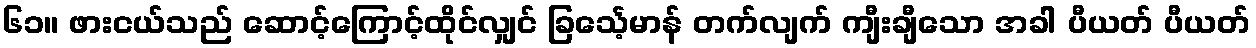
၆၁။ ဖားငယ်သည် ဆောင့်ကြောင့်ထိုင်လျှင် ခြင်္သေ့မာန် တက်လျက် ကျီးချီသော အခါ ပီယတ် ပီယတ်